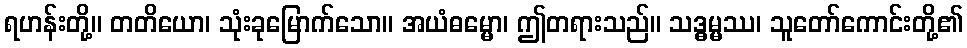
ရဟန်းတို့။ တတိယော၊ သုံးခုမြောက်သော။ အယံဓမ္မော၊ ဤတရားသည်။ သဒ္ဓမ္မဿ၊ သူတော်ကောင်းတို့၏